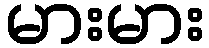
မားမား